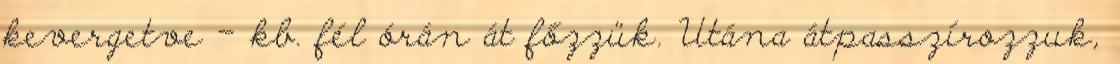
kevergetve – kb. fél órán át főzzük. Utána átpasszírozzuk,